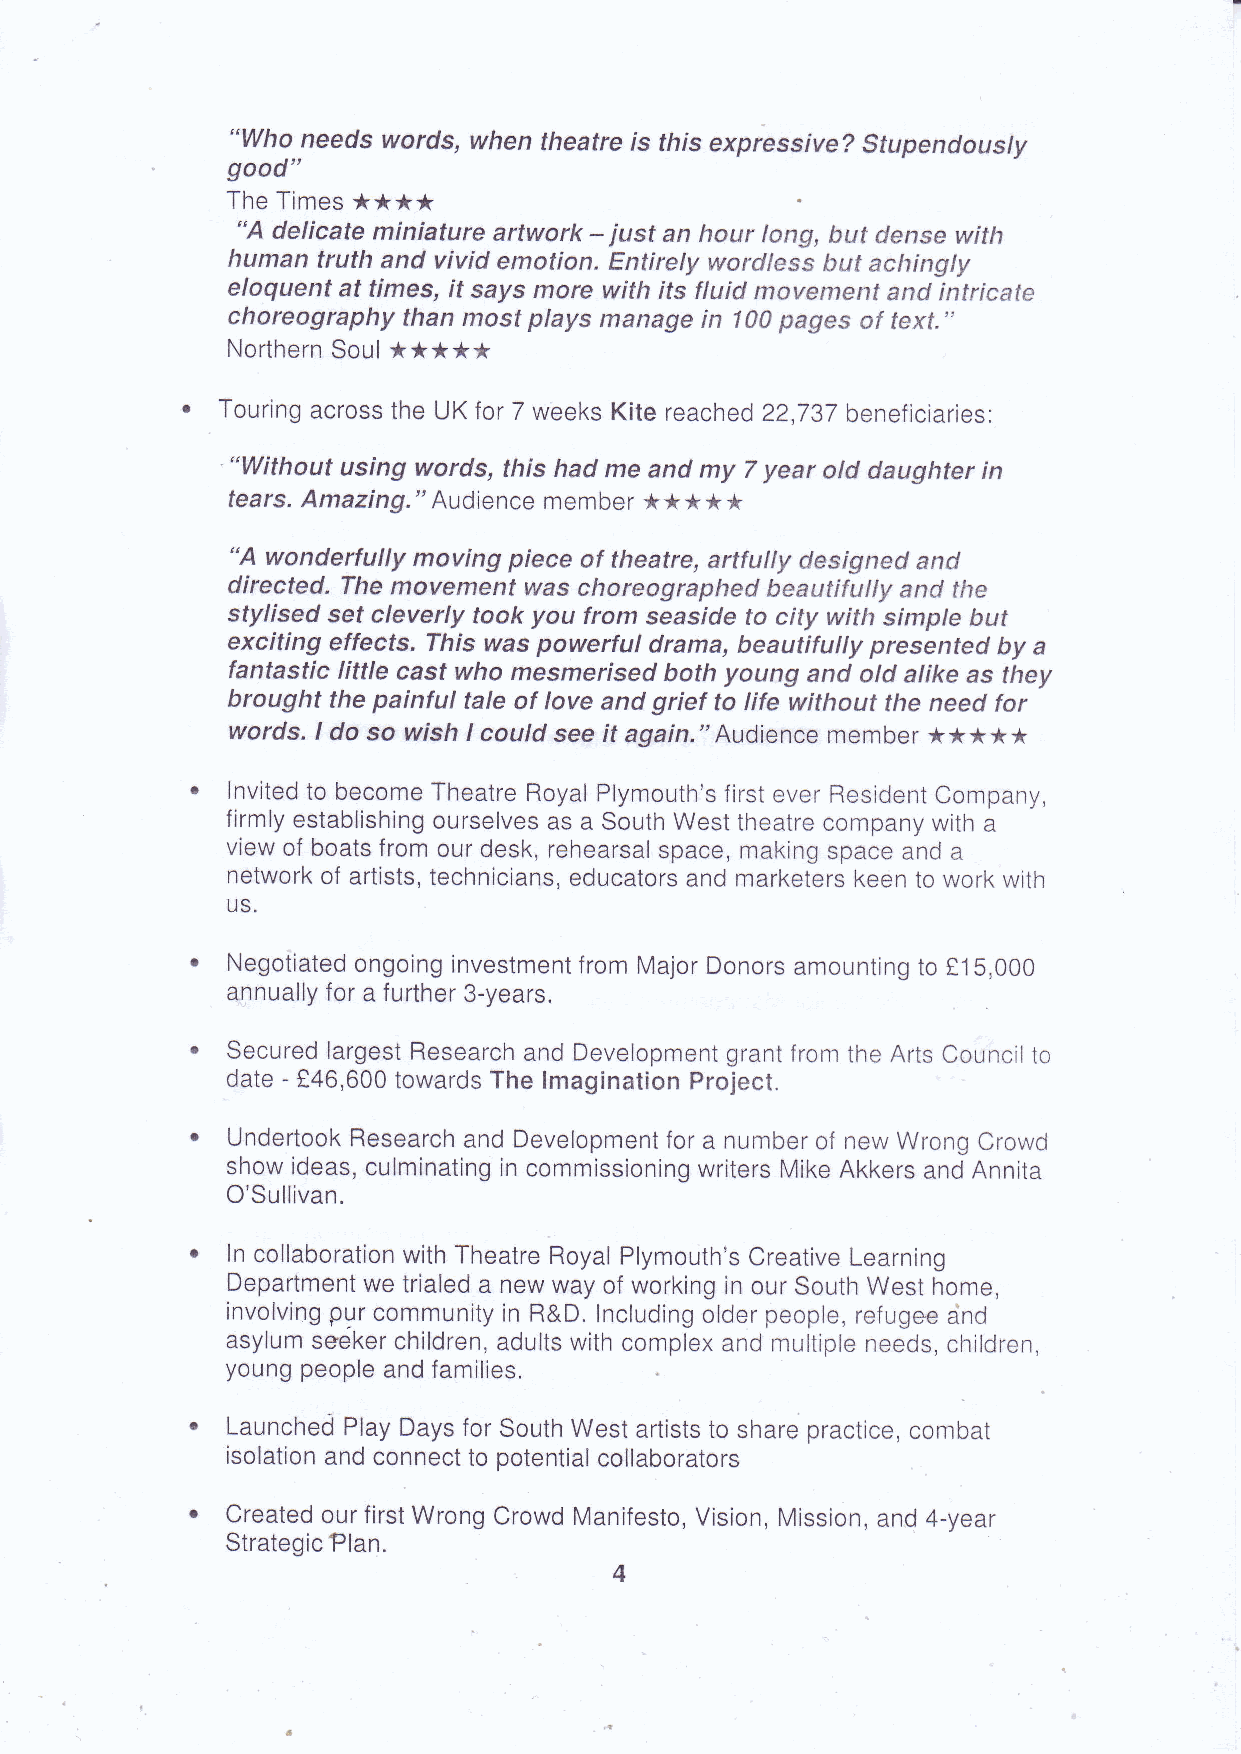
"who needsw ords,w hen theatreis fhls expressive?s tupendousty
 good"
 TheT imes* ***
 "A delicatem iniature artwork - just an hour long, but dense with
 human trutlt and vivid emotion.E ntirely wordless but achingty
 eloquenta t times,i t saysm ore with its fluid movementa nd intricate
 choreographyt han mostp lays managei n 100p ages af text.,,
 NortherSno ul* ****
 Touringa crossth eU Kf or7 weeksK iter eached2 2,797b eneficiaries:
 "Without using words, this had me and my 7 year old daughteri n
 tearsA. mazing.A" udiencme embe*r* ***
 "A wondertuilym oving pieceo f theatre,a rtfully designeda nd
 directed. Them ovementw as choreographedb eautifuily and the
 styliseds etc leverlyt ook you from seasidet o city with simpleb ut
 exciting effects.T his was powerful drama,b eautifully presentedb y a
 fantasticl ittle castw ho mesmerisedb oth young and old alikea s they
 braught the painful tale of love and grief to life without the need for
 words.I do so wishI coulds eei t again."Audiencme ember* ****
 Invitetdo becomeT heatreR oyaPl lymouthf'isr ste verR esidenCt ompany,
 firmlye stablishinogu rselveass a southw estt heatreco mpanwy itha
 viewo f boatsfr omo urd esk,r ehearsaspl acem, akings pacea nda
 networokf artistst,e chnicianesd, ucatorasn dm arketerkse ent ow orkw ith
 u5.
 Negotiateodn goingin vestmefnr to mM ajorD onorsa mountintgo !15,000
 annuallfyo ra furthe3r -years.
 Securelda rgesRt esearcahn dD evelopmegnrta nftr omt heA rtsC ounctilo
 date-
 f46,600t owardTs hel maginatioPn roject.
 UndertooRke searcahn dD evelopmefnotr a numbeor f neww rongc rowd
 showi deasc, ulminatiningc ommissioniwnrgi tersM ikeA kkersa ndA nnita
 O'Sullivan.
 lnc ollaboratiwonit hr heatreR oyaPl lymouthc'sre ativeL earning
 Departmewnte t rialeda neww ayo fw orkingin ours outhw esth ome,
 involvinpgy rc ommuniitnyR &D.I ncludinogld erp eopler,e fugeaen d
 asylums eekecr hildrena,d ultsw ithc ompleaxn dm ultiplnee edsc, hildren,
 youngp eoplea ndf amilies.
 LaunchePdl ayD aysf ors outhw esta rtisttso sharep racticec,o mbat
 isolatioann dc onnectto potentiaclo llaborators
 Createodu rf irstW rongC rowdM anifestVo,i sionM, issiona,n d4 -year
 StrategPicl an.
 4